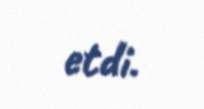
etdi.